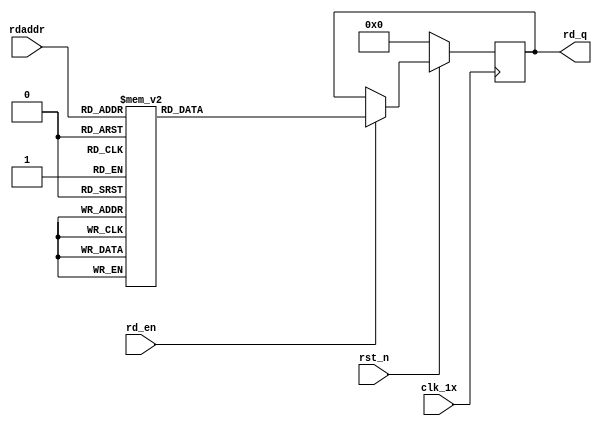

`timescale 1ns / 1ps
module F_short_t12_next_Rom3(
input	          							clk_1x,
input	          							rst_n,
//////////////////////////////////////////////////////////////
input										rd_en,
input				[4:0]				rdaddr,
output		reg			[167:0]				rd_q
);

always @(posedge clk_1x)begin
	if(~rst_n)begin
		rd_q <= 168'b0;
	end
	else if(rd_en == 1'b1)begin
		case(rdaddr)
			5'h14: rd_q <= 168'b010001100110010001011111010101001000100010001111000001101000110000011001110001011101101001011010110011111100101111101111011110011100111110000001000101101100101111000001;
			5'h13: rd_q <= 168'b101101010011010010101010001100001000101010011011011100000000110110001001010011010110010100000011110100110001110111110001001111000011111101001010101100000101010010110101;
			5'h12: rd_q <= 168'b011011101111001000001100111011010101010100101011101011100100110000100100111000101111010111000101011010011010111111101101011101100101100111011001000001010001110010011001;
			5'h11: rd_q <= 168'b001001110011101010011000010100111110000110011010010110001000000010000001010110100101001001111101000011100111000011100110101001100000110101100001010000110000110001000000;
			5'h10: rd_q <= 168'b010100101111011101110110110111011010011000010010011000101111110111001011100001011011100010110000001001001010110101010110001011011010101010100110100011001110000000001101;
			5'h0f: rd_q <= 168'b100001111000101100000001011001100110010111010001101011111000110011110010000011001011111011011010111011011110000110011011111001111111111100001111010110010001100110001110;
			5'h0e: rd_q <= 168'b111001001111100011001010011110000111010111111101100001100010011001111101110101100111101000011001100100010011011101101000001011101101100110000110001000110110001111110010;
			5'h0d: rd_q <= 168'b101110010011110011111000101110100111111111111111000100100011010001100001100011011001000001001101011001010100011011001110101000111100110101010100100001001101010011011001;
			5'h0c: rd_q <= 168'b011101010011110100011010111000100100001101000011011101001001100110110010000110111101111111111010110111111101111100101001010011101101010001011110001000110010111010001001;
			5'h0b: rd_q <= 168'b011000010100010100001000000100010110011000000011001101101101011001001101000010010111000100001101111111100000110101111001000110111111101001101101110100101110000110110011;
			5'h0a: rd_q <= 168'b101010010110101100010011100111000010001100011000111000101100010100000010111000000010101001011011010010111011110110000011111101111010011110100101100001010010000100100111;
			5'h09: rd_q <= 168'b000010010010111010100001110010000001101011100101001101111101000111010011000101100100100011101010100010111101010001001100111101111110001001100101001010001110101011010101;
			5'h08: rd_q <= 168'b101100000101011011100100000010100100100101010110001001011011011010000000001101111111100010111111010001101100001111011100111100110000000110101101111010101011000010100100;
			5'h07: rd_q <= 168'b011010101001000100101011010101100010011101100000100100110111000101011110011101111101001011111101011110011100011010001101101011000000101000011111111100110010101011000001;
			5'h06: rd_q <= 168'b101101010001100001011111010001001000100000110100100111111001100001110100000010101101011100001011011101001010101111111100010111101110101010001111001011101011000101010100;
			5'h05: rd_q <= 168'b010101110100100001010000110111101110111000100100111100111011000010000111110000001010011000011011011101110100110110111111010110111110001010001011110111000101011110000000;
			5'h04: rd_q <= 168'b101001011111011111010000110110110011010100001001110101011011100100100110100011100000010101100010101010000011000100000000001010010100001010110101010100001001101001010101;
			5'h03: rd_q <= 168'b000101010101101010100101111100001011000110011110001110000001111001111110110010111010010100110110011111011010011001110100001010011100011001011010111000011000111011010110;
			5'h02: rd_q <= 168'b011101100100110010111111111011000011000111110101010001011001010000100111011100001010110101010011001111110110110001011100010110010010101000000010110111011001000001000111;
			5'h01: rd_q <= 168'b110101111110100101110100100010001000111000011010001011111100101111111010101111001000111000111010010001011001010001100101000100001101111101000001010011111000011011100111;
			5'h00: rd_q <= 168'b111111100010000011110111011000010001000001011100001111001111001100000000111000110011001101101000000000000011111100001110010011000001000011100001111110101100010101110001;
		default:rd_q <= 168'b0;
		endcase
	end
end

endmodule